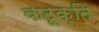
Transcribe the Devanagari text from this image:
कटूक्ति